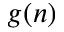
g ( n )